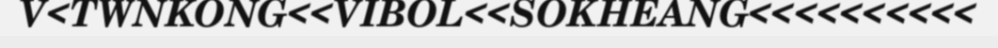
V<TWNKONG<<VIBOL<<SOKHEANG<<<<<<<<<<